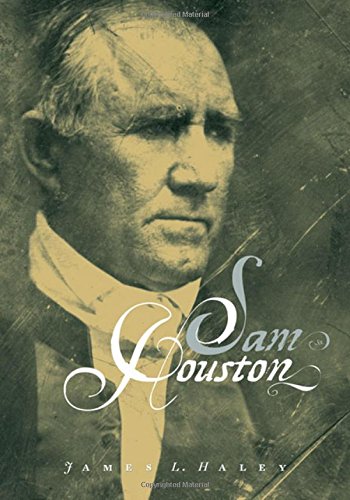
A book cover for Sam Houston; James L. Haley; Biographies & Memoirs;